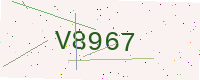
Text: V8967